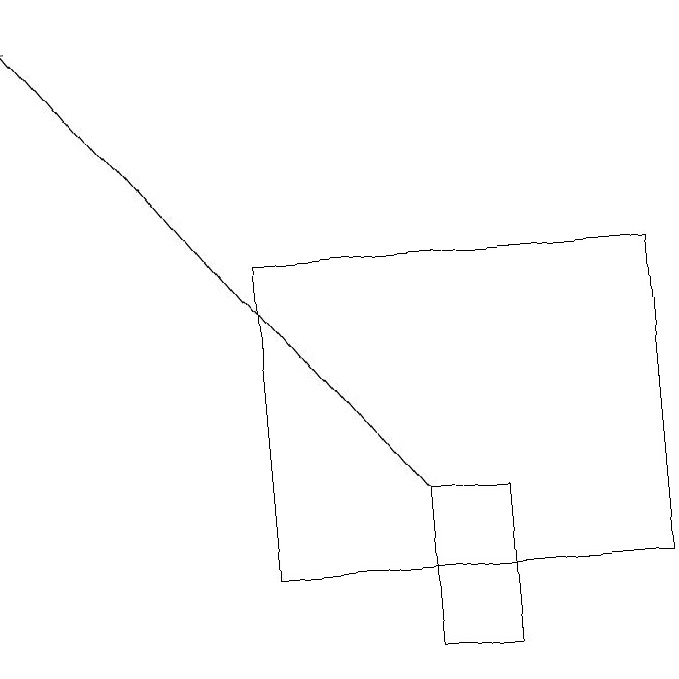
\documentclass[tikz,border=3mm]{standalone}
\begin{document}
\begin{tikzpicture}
\draw (9,16) rectangle (4,12);
\draw (7,13) rectangle (6,11);
\draw[->] (6,13) -- (1,19);
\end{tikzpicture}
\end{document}